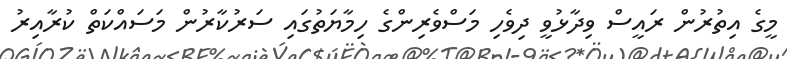
މީގެ އިތުރުން ރައީސް ވިދާޅުވީ ދިވެހި މަސްވެރިންގެ ހިމާޔަތުގައި ސަރުކާރުން މަސައްކަތް ކުރާއިރު